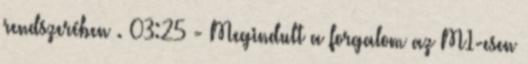
rendszerében . 03:25 - Megindult a forgalom az M1-esen